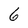
Character: 6